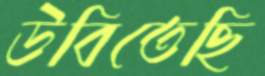
উবিতেছি